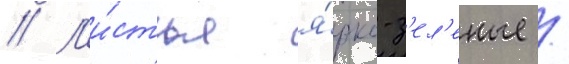
// Л'и́стья я́рко-з'ел'еные /